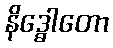
နိဒ္ဓေါတော